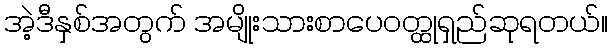
အဲ့ဒီနှစ်အတွက် အမျိုးသားစာပေဝတ္ထုရှည်ဆုရတယ်။